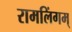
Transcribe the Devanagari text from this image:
रामलिंगम्